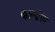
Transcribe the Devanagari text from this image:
कान्ग्रीव